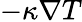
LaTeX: -\kappa\nabla T